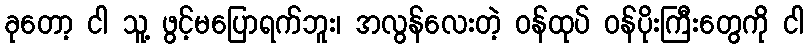
ခုတော့ ငါ သူ့ ဖွင့်မပြောရက်ဘူး၊ အလွန်လေးတဲ့ ဝန်ထုပ် ဝန်ပိုးကြီးတွေကို ငါ